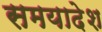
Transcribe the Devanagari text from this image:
समयादेश